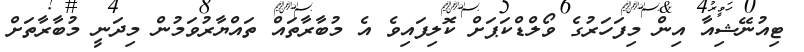
ޓިއުނޭޝިއާ އިން މިފަހަރުގެ ވޯލްޑްކަޕަށް ކޮލިފައިވެ އެ މުބާރާތައް ތައްޔާރުވަމުން މިދަނީ މުބާރާތަށް